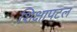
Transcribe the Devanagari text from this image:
शिक्षापटल